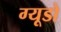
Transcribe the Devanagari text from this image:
ग्यूडो